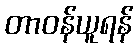
တာဝန်ယူရန်